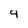
Character: 4